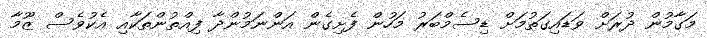
މަގާމުން ދުރަށް ވަޑައިގަތުމަށް ޑިސެމްބަރު މަހުން ފެށިގެން އަންނަމުންދާ ފިއްތުންތަކާއި އެކުވެސް ޒޫމާ